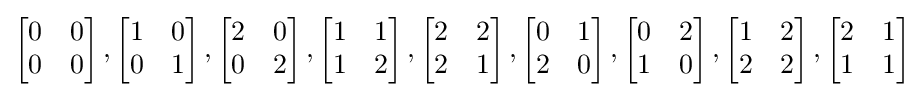
\left[{\begin{matrix}0&0\\0&0\end{matrix}}\right],\left[{\begin{matrix}1&0\\0&1\end{matrix}}\right],\left[{\begin{matrix}2&0\\0&2\end{matrix}}\right],\left[{\begin{matrix}1&1\\1&2\end{matrix}}\right],\left[{\begin{matrix}2&2\\2&1\end{matrix}}\right],\left[{\begin{matrix}0&1\\2&0\end{matrix}}\right],\left[{\begin{matrix}0&2\\1&0\end{matrix}}\right],\left[{\begin{matrix}1&2\\2&2\end{matrix}}\right],\left[{\begin{matrix}2&1\\1&1\end{matrix}}\right]